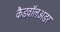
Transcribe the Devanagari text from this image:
कैडवॉलअडर